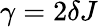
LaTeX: \gamma=2\delta J